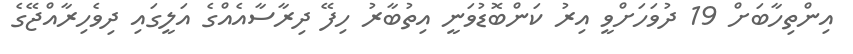
އިންތިހާބަށް 19 ދުވަހަށްވީ އިރު ކަންބޮޑުވަނީ އިތުބާރު ހިފޭ ދިރާސާއެއްގެ އަލީގައި ދިވެހިރާއްޖޭގެ